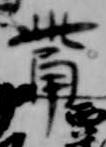
觜